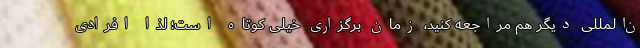
ن‌المللی دیگر هم مراجعه کنید، زمان برگزاری خیلی کوتاه است؛ لذا افرادی